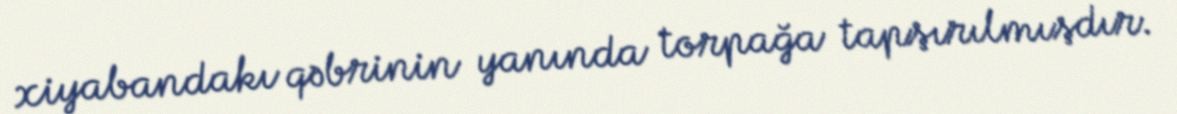
xiyabandakı qəbrinin yanında torpağa tapşırılmışdır.